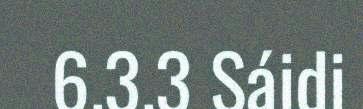
6.3.3 Sáidi